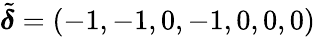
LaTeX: \tilde{\boldsymbol{\delta}}=(-1,-1,0,-1,0,0,0)